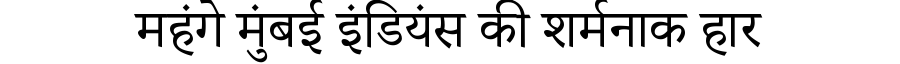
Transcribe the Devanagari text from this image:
महंगे मुंबई इंडियंस की शर्मनाक हार